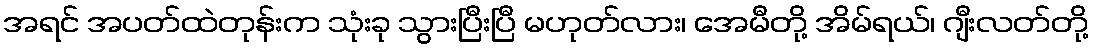
အရင် အပတ်ထဲတုန်းက သုံးခု သွားပြီးပြီ မဟုတ်လား၊ အေမီတို့ အိမ်ရယ်၊ ဂျီးလတ်တို့